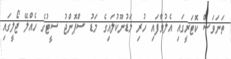
ތަނަވަސް ކޮޓަރީގައި އެލުވާފައި ހުރި މަޑުނޫކުލައިގެ މަޑު ސްޕޮންޖު ސީޓުގެ ހެއްލޭ ޖޯލީގައި